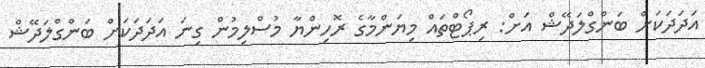
އަދަދަކަށް ބަންގްލަދޭޝް އަށް: ރިޕޯޓްތައް މިޔަންމާގެ ރޮހިންޔާ މުސްލިމުން ގިނަ އަދަދަކަށް ބަންގްލަދޭޝް